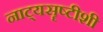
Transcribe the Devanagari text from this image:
नाट्यसॄष्टीशी